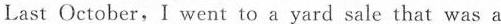
Last October, I went to a yard sale that was a